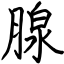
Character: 腺